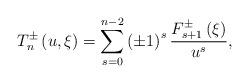
LaTeX: \begin{align*}T_{n}^{\pm }\left( {u,\xi }\right) =\sum\limits_{s=0}^{n-2}\left( \pm1\right) ^{s}{\frac{F_{s+1}^{\pm }\left( \xi \right) }{u^{s}},}\end{align*}